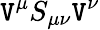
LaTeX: \mathtt{V}^{\mu}S_{\mu\nu}\mathtt{V}^{\nu}